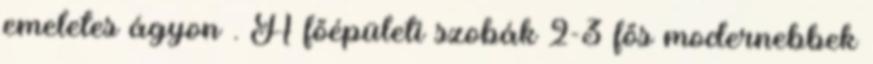
emeletes ágyon . A főépületi szobák 2-3 fős modernebbek